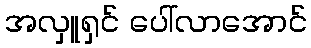
အလှူရှင် ပေါ်လာအောင်